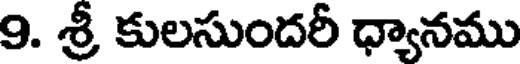
9. శ్రీ కులసుందరీ ధ్యానము